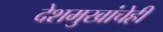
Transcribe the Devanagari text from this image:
देशमुखांचेही